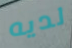
لديه